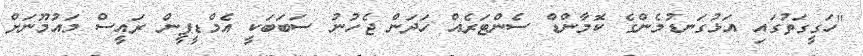
"ހަގީގަތުގައި އަޅުގަނޑުމެންގެ ކޮމާންޑް ސެންޓަރެއް ހަދަން ޖެހުނު ސަބަބަކީ އެމްޑީޕީން ރައީސް މައުމޫނަށް